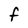
Character: F